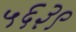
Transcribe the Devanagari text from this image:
५६३९